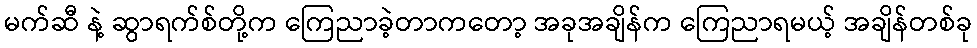
မက်ဆီ နဲ့ ဆွာရက်စ်တို့က ကြေညာခဲ့တာကတော့ အခုအချိန်က ကြေညာရမယ့် အချိန်တစ်ခု